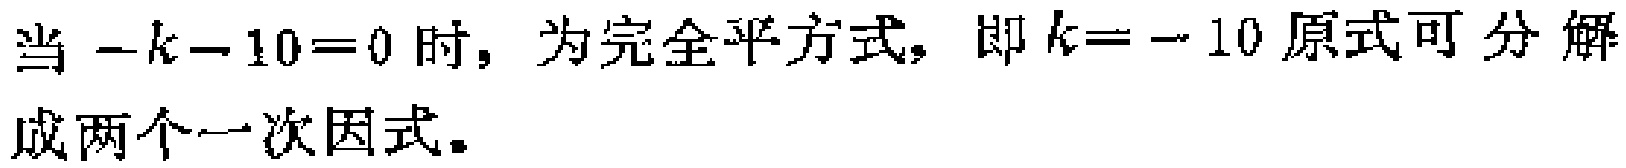
当\(-k - 10 = 0\)时，为完全平方式，即\(k = - 10\)原式可分解成两个一次因式。